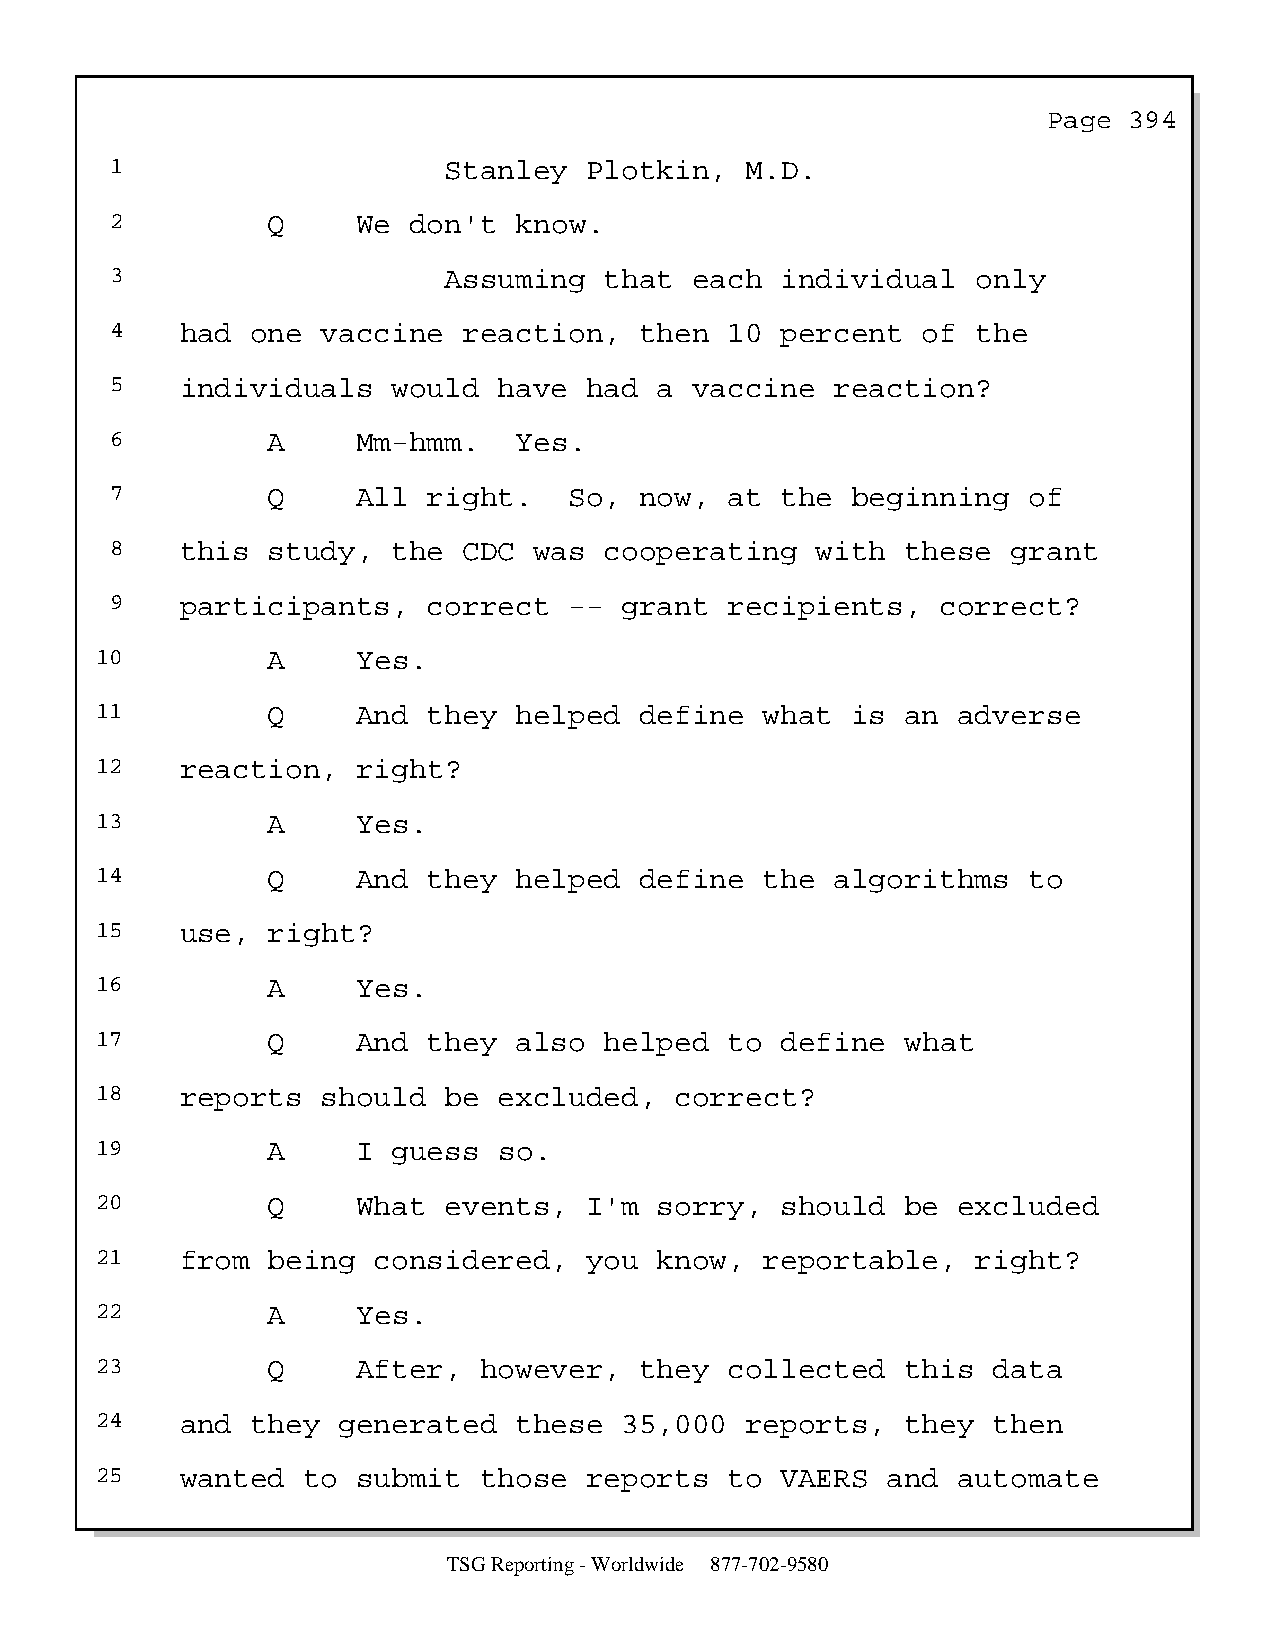
Page  394
 1                     Stanley   Plotkin,  M.D.
 2          Q     We don't  know.
 3                     Assuming   that  each  individual   only
 4    had  one vaccine   reaction,  then  10  percent  of  the
 5    individuals   would  have  had  a vaccine  reaction?
 6          A     Mm-hmm.   Yes.
 7          Q     All right.    So, now,  at  the beginning   of
 8    this  study,  the  CDC was  cooperating   with  these  grant
 9    participants,   correct   -- grant  recipients,   correct?
 10          A     Yes.
 11          Q     And they  helped  define   what is  an adverse
 12    reaction,   right?
 13          A     Yes.
 14          Q     And they  helped  define   the algorithms   to
 15    use,  right?
 16          A     Yes.
 17          Q     And they  also  helped  to  define  what
 18    reports  should  be  excluded,   correct?
 19          A     I guess  so.
 20          Q     What events,   I'm  sorry,  should  be excluded
 21    from  being  considered,   you  know,  reportable,   right?
 22          A     Yes.
 23          Q     After,  however,  they  collected   this  data
 24    and  they generated   these  35,000  reports,   they  then
 25    wanted  to  submit  those  reports  to  VAERS  and automate
 TSG Reporting - Worldwide 877-702-9580